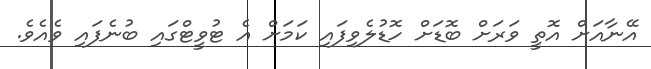
އޭނާއަށް އޮތީ ވަރަށް ބޮޑަށް ހޮޑުލެވިފައި ކަމަށް އެ ޓުވީޓްގައި ބުނެފައި ވެއެވެ.